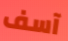
آسف